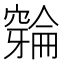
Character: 𫁛